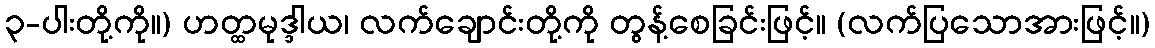
၃-ပါးတို့ကို။) ဟတ္ထမုဒ္ဒါယ၊ လက်ချောင်းတို့ကို တွန့်စေခြင်းဖြင့်။ (လက်ပြသောအားဖြင့်။)